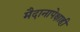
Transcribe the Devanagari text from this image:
मैदानापेक्षाही